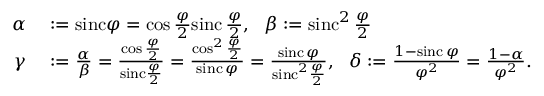
\begin{array} { r l } { \alpha } & { { } : = \mathrm { s i n c } \varphi = \cos \frac { \varphi } { 2 } \mathrm { s i n c \, } \frac { \varphi } { 2 } , \ \ \beta : = \mathrm { s i n c } ^ { 2 } \mathrm { \, } \frac { \varphi } { 2 } } \\ { \gamma } & { { } : = \frac { \alpha } { \beta } = \frac { \cos \frac { \varphi } { 2 } } { \mathrm { s i n c } \frac { \varphi } { 2 } } = \frac { \cos ^ { 2 } \frac { \varphi } { 2 } } { \mathrm { s i n c \, } \varphi } = \frac { \mathrm { s i n c \, } \varphi } { \mathrm { s i n c } ^ { 2 } \frac { \varphi } { 2 } } , \ \ \delta : = \frac { 1 - \mathrm { s i n c \, } \varphi } { \varphi ^ { 2 } } = \frac { 1 - \alpha } { \varphi ^ { 2 } } . } \end{array}